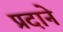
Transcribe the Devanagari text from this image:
प्रदाने